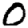
Digit: 0